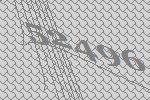
52496